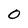
Character: O